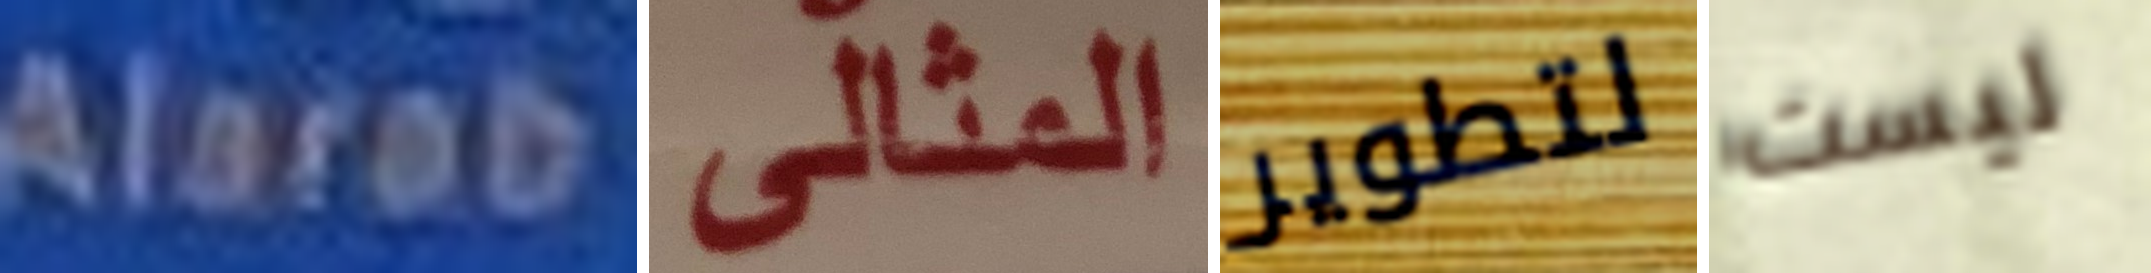
Alarab المثالى لتطوير ليست